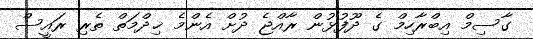
ގާސިމް އިބްރާހިމް ގެ ދޫފުޅުން ރާއްޖެ ދުށް އެންމެ ޚިދްމަތް ތެރި ރައީސް